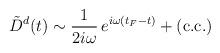
LaTeX: \begin{align*}\:\tilde{D}^{d}(t)\sim \frac{1}{2i\omega }\,e^{i\omega (t_{F} - t)} + ({\rm c.c.})\:\end{align*}